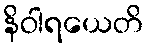
နိဝါရယေတိ